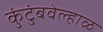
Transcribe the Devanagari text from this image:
कुंटुंबवेल्हाळ